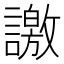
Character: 譤